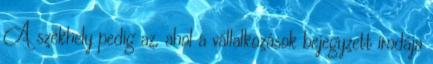
A székhely pedig az, ahol a vállalkozások bejegyzett irodája